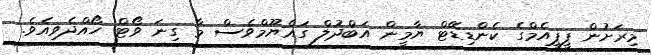
މިރަށުން ޕީޕީއެމްގެ ކެންޑިޑޭޓް ޔާމީން އަބްދުލް ގައްޔޫމްވެސް މާ ގިނަ ވޯޓް ހޯއްދެވިއެވެ.